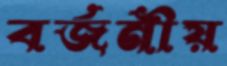
বর্জনীয়